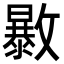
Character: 𣀠